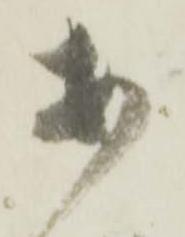
安